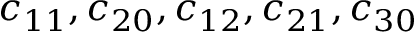
c _ { 1 1 } , c _ { 2 0 } , c _ { 1 2 } , c _ { 2 1 } , c _ { 3 0 }